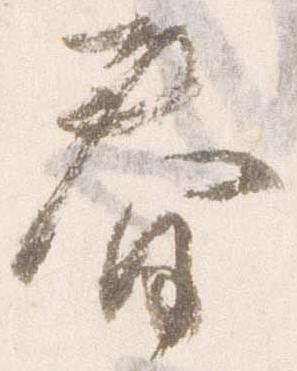
春